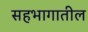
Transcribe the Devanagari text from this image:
सहभागातील